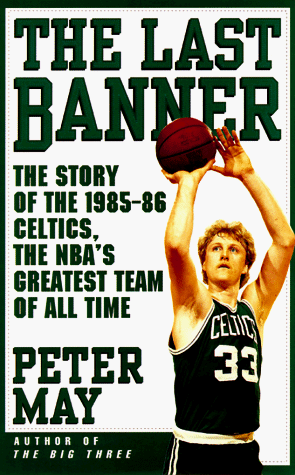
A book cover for The Last Banner: The Story of the 1985-86 Celtics, the NBA's Greatest Team of All Time; Peter May; Sports & Outdoors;